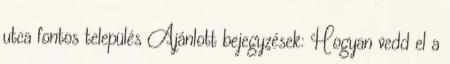
utca fontos település Ajánlott bejegyzések: Hogyan vedd el a